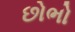
છોભો